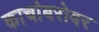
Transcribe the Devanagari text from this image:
काचांबरोबर